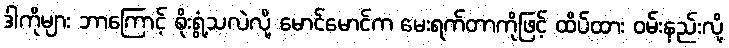
ဒါကိုများ ဘာကြောင့် စိုးရွံ့သလဲလို့ မောင်မောင်က မေးရက်တာကိုဖြင့် ထိပ်ထား ဝမ်းနည်းလို့